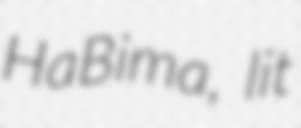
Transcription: HaBima, lit